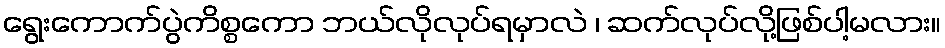
ရွေးကောက်ပွဲကိစ္စကော ဘယ်လိုလုပ်ရမှာလဲ ၊ ဆက်လုပ်လို့ဖြစ်ပါ့မလား။